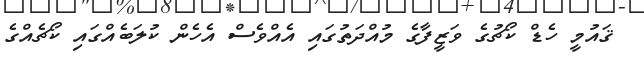
ޤައުމީ ހެޑް ކޯޗުގެ ވަޒީފާގެ މުއްދަތުގައި އެއްވެސް އެހެން ކުލަބެއްގައި ކޯޗެއްގެ